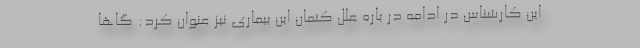
این کارشناس در ادامه در باره علل کتمان این بیماری نیز عنوان کرد: گاها